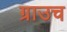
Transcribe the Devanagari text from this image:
ग्राउच